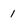
Character: 1